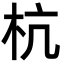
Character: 杭